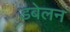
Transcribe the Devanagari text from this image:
डबेलन